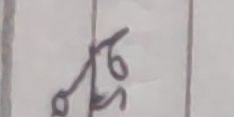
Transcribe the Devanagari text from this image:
३६